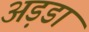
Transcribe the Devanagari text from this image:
अड़डा